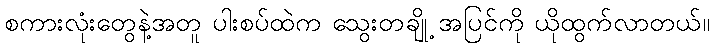
စကားလုံးတွေနဲ့အတူ ပါးစပ်ထဲက သွေးတချို့ အပြင်ကို ယိုထွက်လာတယ်။